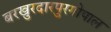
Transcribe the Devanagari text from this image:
बरखुरदारपुरगोपाल